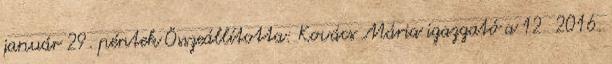
január 29. péntek Összeállította: Kovács Mária igazgató a 12 2016.